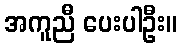
အကူညီ ပေးပါဦး။